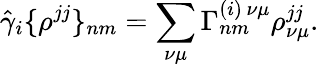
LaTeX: {\hat{\gamma}}_{i}\{ \rho^{jj}\} _{nm}=\sum_{\nu\mu}\Gamma_{nm}^{(i)\, \nu\mu}\rho_{\nu\mu}^{jj}.